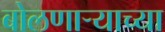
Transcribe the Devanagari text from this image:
बोलणाऱ्याच्या